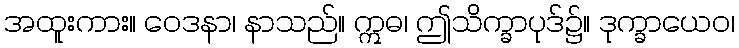
အထူးကား။ ဝေဒနာ၊ နာသည်။ ဣဓ၊ ဤသိက္ခာပုဒ်၌။ ဒုက္ခာယေဝ၊